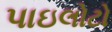
પાઇલોટો